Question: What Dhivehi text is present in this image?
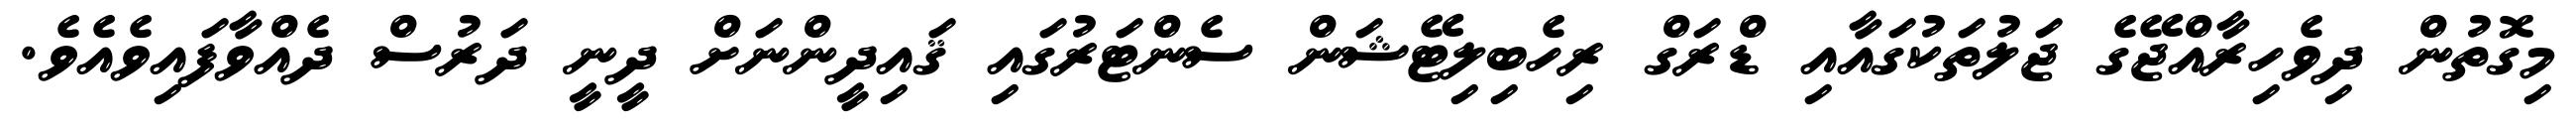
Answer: މިގޮތުން ދިވެހިރާއްޖޭގެ ޖަލުތަކުގައާއި ޑްރަގް ރިހެބިލިޓޭޝަން ސެންޓަރުގައި ޤައިދީންނަށް ދީނީ ދަރުސް ދެއްވާފައިވެއެވެ.